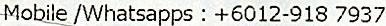
MOBILE /WHATSAPPS : +6012-918 7937